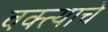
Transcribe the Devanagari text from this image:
वक्त्याचे